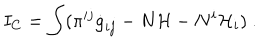
I _ { C } = \int ( \pi ^ { i j } \dot { g } _ { i j } - N { \cal H } - N ^ { i } { \cal H } _ { i } ) \ .